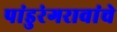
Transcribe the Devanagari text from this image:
पांडुरंगरावांचे